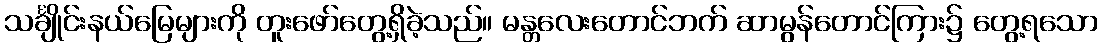
သင်္ချိုင်းနယ်မြေများကို တူးဖော်တွေ့ရှိခဲ့သည်။ မန္တလေးတောင်ဘက် ဆာမွန်တောင်ကြား၌ တွေ့ရသော